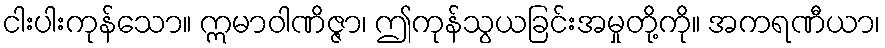
ငါးပါးကုန်သော။ ဣမာဝါဏိဇ္ဇာ၊ ဤကုန်သွယခြင်းအမှုတို့ကို။ အကရဏီယာ၊